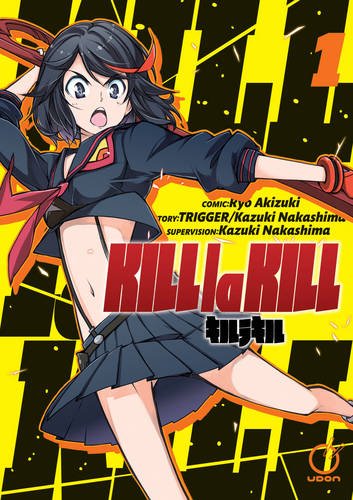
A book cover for Kill la Kill Volume 1 (Kill La Kill Gn); Trigger; Comics & Graphic Novels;